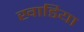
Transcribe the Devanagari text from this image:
खाडिया